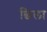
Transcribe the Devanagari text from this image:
छिला